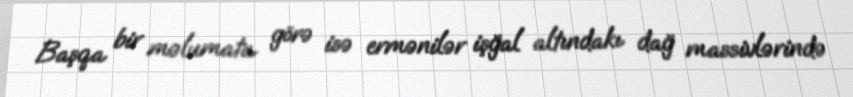
Başqa bir məlumata görə isə ermənilər işğal altındakı dağ massivlərində